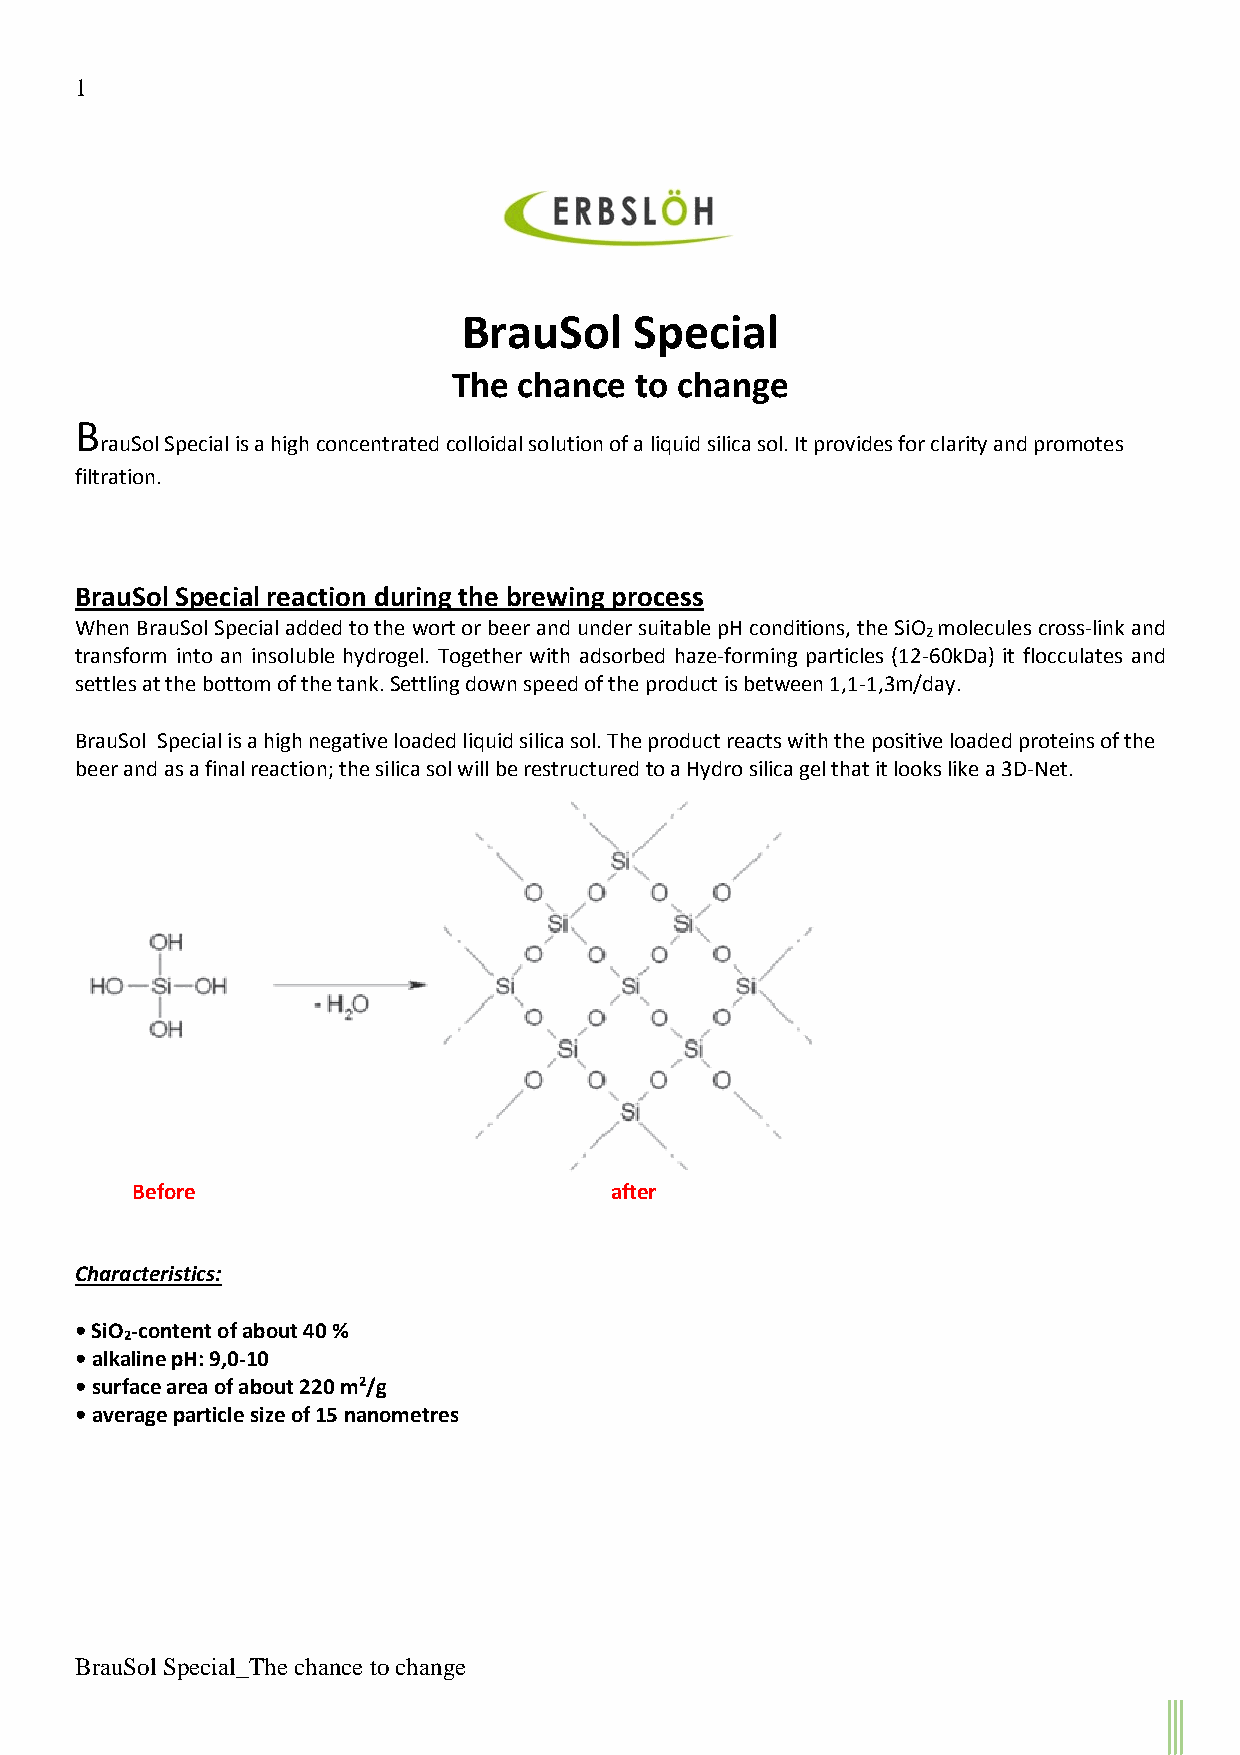
1
 BrauSol    Special
 The chance  to change
 B
 rauSol Special is a high concentrated colloidal solution of a liquid silica sol. It provides for clarity and promotes
 filtration.
 BrauSol Special reaction during the brewing process
 When BrauSol Special added to the wort or beer and under suitable pH conditions, the SiO molecules cross-link and
 2
 transform into an insoluble hydrogel. Together with adsorbed haze-forming particles (12-60kDa) it flocculates and
 settles at the bottom of the tank. Settling down speed of the product is between 1,1-1,3m/day.
 BrauSol Special is a high negative loaded liquid silica sol. The product reacts with the positive loaded proteins of the
 beer and as a final reaction; the silica sol will be restructured to a Hydro silica gel that it looks like a 3D-Net.
 Before                         after
 Characteristics:
 • SiO -content of about 40 %
 2
 • alkaline pH: 9,0-10
 • surface area of about 220 m2/g
 • average particle size of 15 nanometres
 BrauSol Special_The chance to change